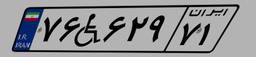
۷۶W۶۲۹۷۱